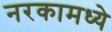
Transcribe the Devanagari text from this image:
नरकामध्ये